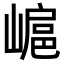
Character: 𡻮